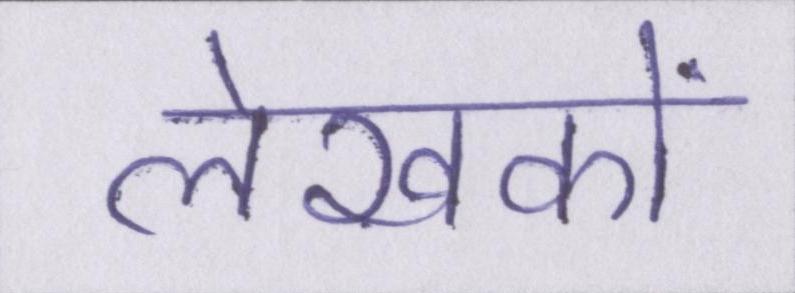
लेखकों